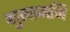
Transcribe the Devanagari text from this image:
गुलामनि